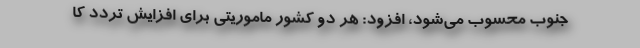
جنوب محسوب می‌شود، افزود: هر دو کشور ماموریتی برای افزایش تردد کا